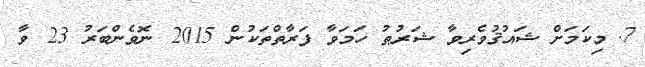
7. މިކަމަށް ޝައުޤުވެރިވާ ޝަރުޠު ހަމަވާ ފަރާތްތަކުން 2015 ނޮވެންބަރު 23 ވާ